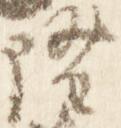
隆